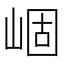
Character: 崓